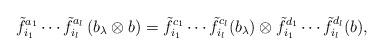
LaTeX: \begin{align*}\tilde{f}_{i_1}^{a_1} \cdots \tilde{f}_{i_l}^{a_l} \left( b_\lambda \otimes b \right) = \tilde{f}_{i_1}^{c_1} \cdots \tilde{f}_{i_l}^{c_l} (b_\lambda) \otimes \tilde{f}_{i_1}^{d_1} \cdots \tilde{f}_{i_l}^{d_l} (b),\end{align*}